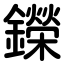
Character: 鑅